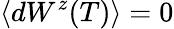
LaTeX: \langle dW^{z}(T)\rangle=0